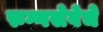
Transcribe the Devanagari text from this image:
रुग्णसेवेचे